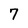
Character: 7